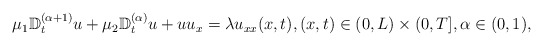
\begin{align*}\begin{array}{ll}\mu_1\mathbb{D}_{t}^{(\alpha+1)}u+\mu_2\mathbb{D}_{t}^{(\alpha)}u+uu_x=\lambda u_{xx}(x,t), (x,t)\in (0,L)\times (0,T],\alpha\in (0, 1),\end{array}\end{align*}